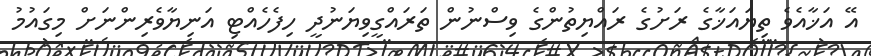
އޭ އަޚާއެވެ ތިޔައަޚާގެ ރަށުގެ ރައްޔިތުންގެ ވިސްނުން ތަރައްގީވިޔަނުދީ ހިފެހެއްޓި އަނިޔާވެރިންނަށް މިގައުމު